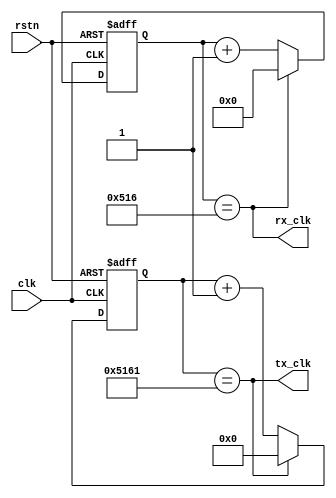
module uart_baud #(parameter CLKRATE_MHZ = 200, parameter BAUD_RATE_BPS = 9600)
(
	input clk,
	input rstn,

	output rx_clk,
	output tx_clk
);

/*
 * rx is 16 times oversampled than tx
 * 1 bit period = 1/(baud rate) = 1/(9600) = 104us
 * clock period = 1/200Mhz = 5ns
 * Require 104us/5ns = 20800 cycles to generate tick
 */
localparam RXTICK_COUNT = ((CLKRATE_MHZ * 1000000)/(BAUD_RATE_BPS * 16));
localparam TXTICK_COUNT = ((CLKRATE_MHZ * 1000000)/(BAUD_RATE_BPS));
localparam RX_CNT_WIDTH = $clog2(RXTICK_COUNT);
localparam TX_CNT_WIDTH = $clog2(TXTICK_COUNT);

reg [RX_CNT_WIDTH-1:0] rx_counter;
reg [TX_CNT_WIDTH-1:0] tx_counter;

always @(posedge clk or negedge rstn) begin
	if (!rstn)
		rx_counter <= 1'b0;
	else if (rx_clk)
		rx_counter <= 1'b0;
	else 
		rx_counter <= rx_counter + 1'b1;
end

always @(posedge clk or negedge rstn) begin
	if (!rstn)
		tx_counter <= 1'b0;
	else if (tx_clk)
		tx_counter <= 1'b0;
	else 
		tx_counter <= tx_counter + 1'b1;
end

assign rx_clk = (rx_counter == RXTICK_COUNT);
assign tx_clk = (tx_counter == TXTICK_COUNT);
endmodule